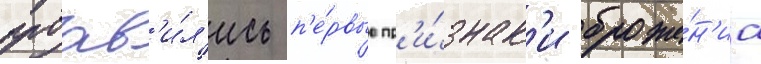
проав'и́л'ись п'е́рвые пр'и́знак'и броже́н'иа